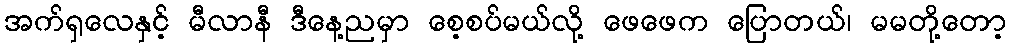
အက်ရှလေနှင့် မီလာနီ ဒီနေ့ညမှာ စေ့စပ်မယ်လို့ ဖေဖေက ပြောတယ်၊ မမတို့တော့